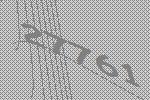
27761